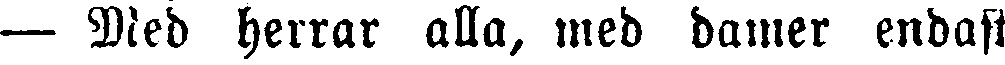
— Med herrar alla, med damer endast